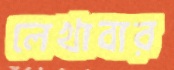
লেখাবার